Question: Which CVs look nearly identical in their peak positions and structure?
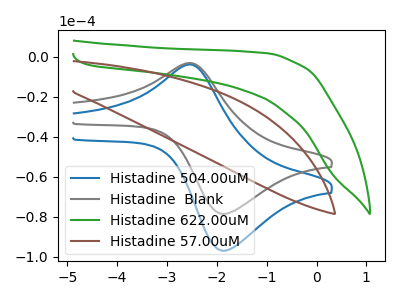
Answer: <think>The blue curve "Histadine 504.00uM" has an anodic peak at (-2.60V, -3.90uA) and a cathodic peak at (-1.85V, -96.95uA). The gray curve "Histadine  Blank" has an anodic peak at (-2.60V, -3.15uA) and a cathodic peak at (-1.85V, -78.55uA). The green curve "Histadine 622.00uM" has no peaks. The brown curve "Histadine 57.00uM" has no peaks.
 All the peaks in "Histadine 504.00uM" have a peak in "Histadine  Blank" at the same potential. "Histadine 504.00uM" and "Histadine 622.00uM" have a different number of peaks. "Histadine 504.00uM" and "Histadine 57.00uM" have a different number of peaks. "Histadine  Blank" and "Histadine 622.00uM" have a different number of peaks. "Histadine  Blank" and "Histadine 57.00uM" have a different number of peaks. Neither "Histadine 622.00uM" or "Histadine 57.00uM" have any peaks.</think>
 <answer>"Histadine  Blank" and "Histadine 504.00uM" have the same shape and are likely CV's of the same chemical.</answer>
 <eval>"Histadine  Blank" "Histadine 504.00uM"</eval>